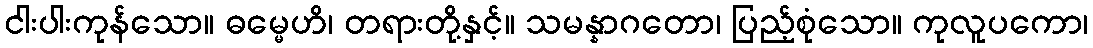
ငါးပါးကုန်သော။ ဓမ္မေဟိ၊ တရားတို့နှင့်။ သမန္နာဂတော၊ ပြည့်စုံသော။ ကုလူပကော၊